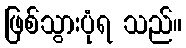
ဖြစ်သွားပုံရ သည်။